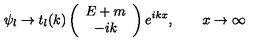
\psi _ { l } \to t _ { l } ( k ) \left( \begin{array} { c } { E + m } \\ { - i k } \\ \end{array} \right) e ^ { i k x } , \qquad x \to \infty